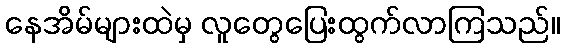
နေအိမ်များထဲမှ လူတွေပြေးထွက်လာကြသည်။